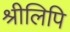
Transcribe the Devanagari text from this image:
श्रीलिपि